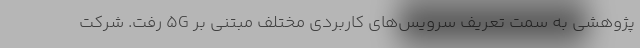
پژوهشی به سمت تعریف سرویس‌های کاربردی مختلف مبتنی بر 5G رفت. شرکت